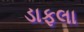
ડાફલા